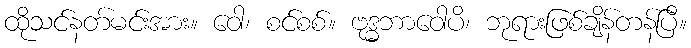
ထိုသင်နတ်မင်းအား။ ဝေါ၊ စင်စစ်။ ဗုဒ္ဓဘာဝေါပိ၊ ဘုရားဖြစ်ချိန်တန်ပြီ။